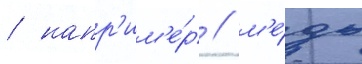
/ напр'им'е́р / м'е́дь